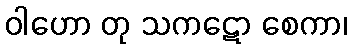
ဝါဟော တု သကဋော စေကာ၊